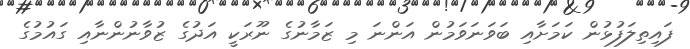
ފައިތިލަފުޅުން ކަމަށާއި ބަވަނަވަމުން އަންނަ މި ޒަމާނުގެ ނޫރަކީ އަދުގެ ޒުވާނުންނާއި ގައުމުގެ